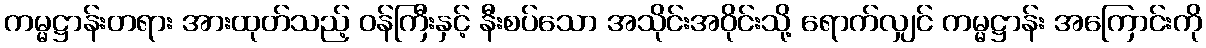
ကမ္မဋ္ဌာန်းတရား အားထုတ်သည့် ဝန်ကြီးနှင့် နီးစပ်သော အသိုင်းအဝိုင်းသို့ ရောက်လျှင် ကမ္မဋ္ဌာန်း အကြောင်းကို